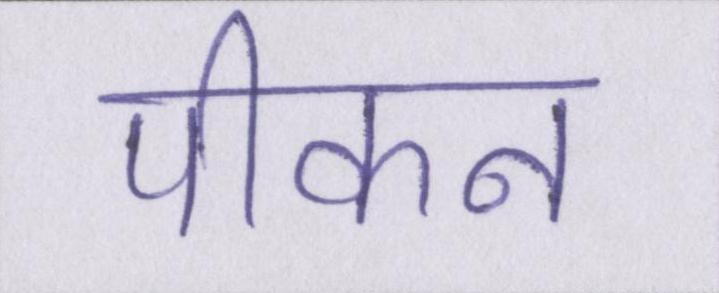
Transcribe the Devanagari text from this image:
पीकन